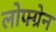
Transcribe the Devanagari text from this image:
लोफ्ग्रेन